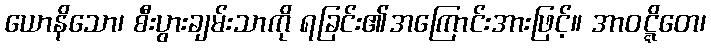
ယောနိသော၊ စီးပွားချမ်းသာကို ရခြင်း၏အကြောင်းအားဖြင့်။ အာဝဋ္ဋိတေ၊